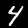
Label: 4